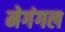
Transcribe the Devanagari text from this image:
मेगंगल